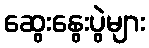
ဆွေးနွေးပွဲများ